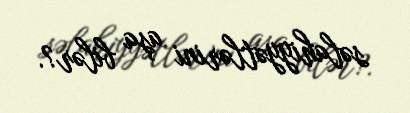
səlahiyyətlərini aşa bilər?.